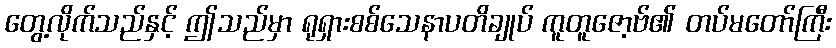
တွေ့လိုက်သည်နှင့် ဤသည်မှာ ရုရှားစစ်သေနာပတိချုပ် ကူတူဇော့ဗ်၏ တပ်မတော်ကြီး